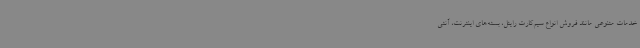
خدمات متنوعی مانند فروش انواع سیم‌کارت رایتل، بسته‌های اینترنت، آنتی